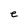
Character: e